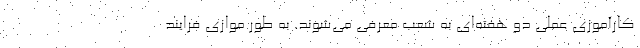
کارآموزی عملی دو هفته­ای به شعب معرفی می­شوند. به طور موازی فرایند